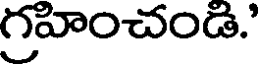
గ్రహించండి.'